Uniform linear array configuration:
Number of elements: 8
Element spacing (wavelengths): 0.25
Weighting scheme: exponential
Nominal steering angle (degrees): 60
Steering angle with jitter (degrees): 58.003
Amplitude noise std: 0.05
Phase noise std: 0.05

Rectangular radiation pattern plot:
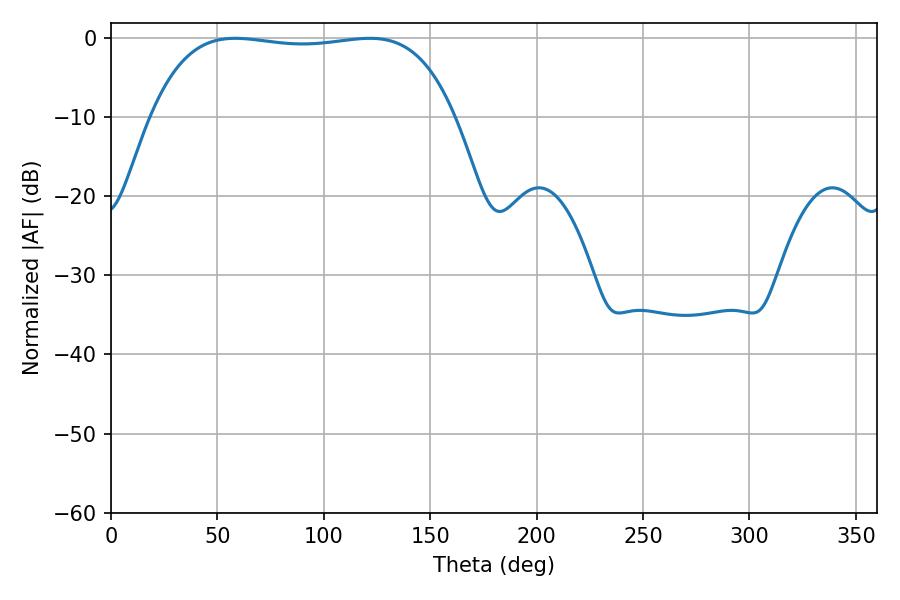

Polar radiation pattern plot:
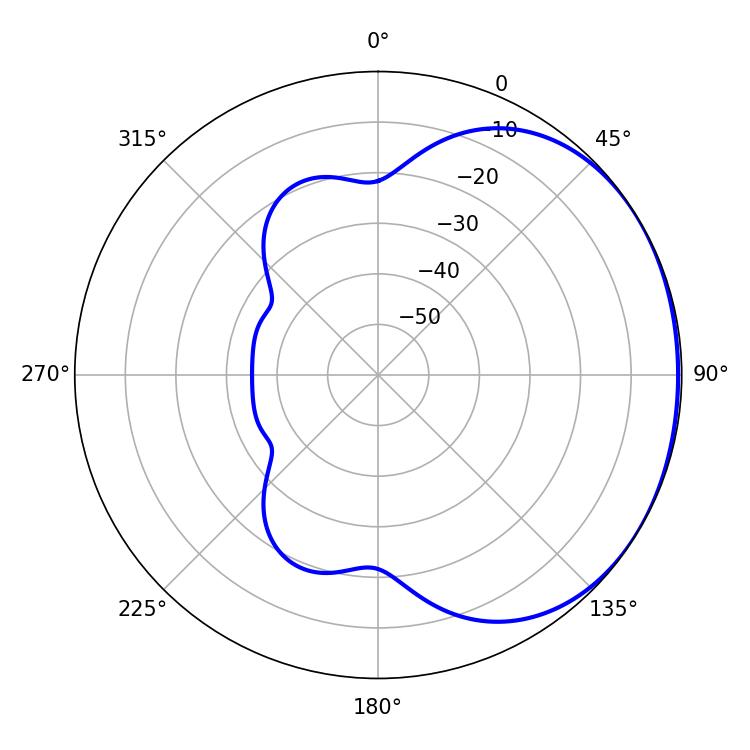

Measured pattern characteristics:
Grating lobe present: FALSE
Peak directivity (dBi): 1.089
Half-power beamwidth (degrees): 113.4
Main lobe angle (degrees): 58.32